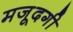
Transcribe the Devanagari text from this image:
मजूदगी